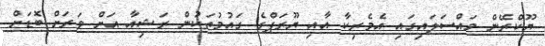
ޔޫކްރޭން މައްސަލައިގައި އެމެރިކާ އާއި ޔޫރަޕްގެ ގައުމުތަކުން ރަޝިއާ އަށް ވަރަށް ބޮޑަށް